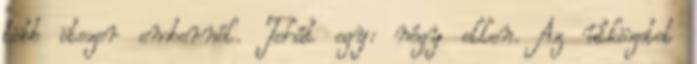
több ötezer embernél. Tehát egy: négy ellen. Az ütközetet